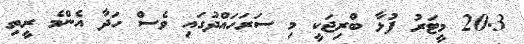
20.3 މީޓަރު ފުޅާ ބްރިޖަކީ މި ސަރަހައްދުގައި ވެސް ހަދާ އެންމެ ރީތި